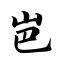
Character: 岜